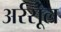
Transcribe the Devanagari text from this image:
अर्रसूल